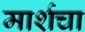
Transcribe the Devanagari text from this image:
मार्शचा